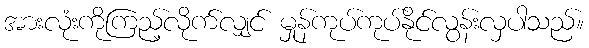
အားလုံးကိုကြည့်လိုက်လျှင် မှုန်ကုပ်ကုပ်နိုင်လွန်းလှပါသည်။